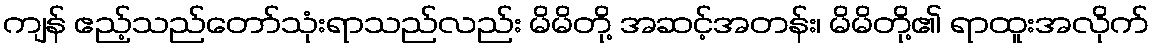
ကျန် ဧည့်သည်တော်သုံးရာသည်လည်း မိမိတို့ အဆင့်အတန်း၊ မိမိတို့၏ ရာထူးအလိုက်